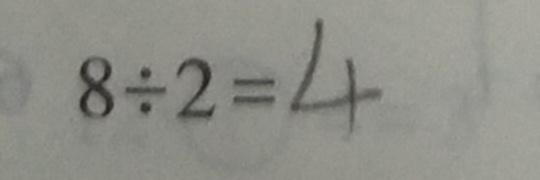
8 \div 2 = 4